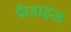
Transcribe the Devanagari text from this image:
फैब्राइस